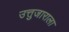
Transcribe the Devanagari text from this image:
उत्तुजाराला